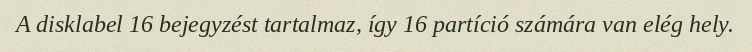
A disklabel 16 bejegyzést tartalmaz, így 16 partíció számára van elég hely.